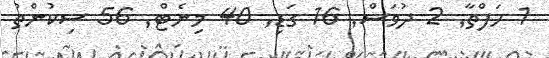
1 ހަފްތާ